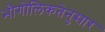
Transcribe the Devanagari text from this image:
भौगोलिकतेनुसार